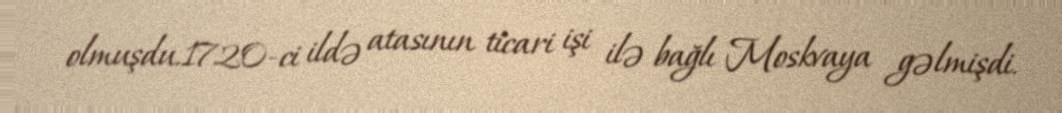
olmuşdu.1720-ci ildə atasının ticari işi ilə bağlı Moskvaya gəlmişdi.